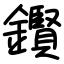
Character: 鑦